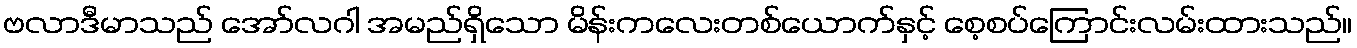
ဗလာဒီမာသည် အော်လဂါ အမည်ရှိသော မိန်းကလေးတစ်ယောက်နှင့် စေ့စပ်ကြောင်းလမ်းထားသည်။